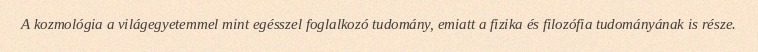
A kozmológia a világegyetemmel mint egésszel foglalkozó tudomány, emiatt a fizika és filozófia tudományának is része.